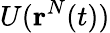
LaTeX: U(\textbf{r}^{N}(t))